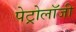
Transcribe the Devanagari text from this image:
पेट्रोलॉजी